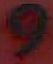
و